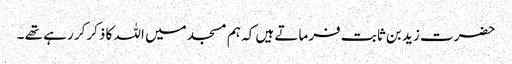
حضرت زید بن ثابت فرماتے ہیں کہ ہم مسجد میں اللہ کا ذکرکر رہے تھے ۔